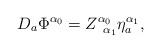
LaTeX: \begin{align*}D_{a}\Phi ^{\alpha _{0}}=Z_{\;\;\alpha _{1}}^{\alpha _{0}}\eta _{a}^{\alpha_{1}}, \end{align*}